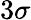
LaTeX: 3\sigma